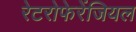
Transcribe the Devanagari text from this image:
रेटरोफेरेंजियल